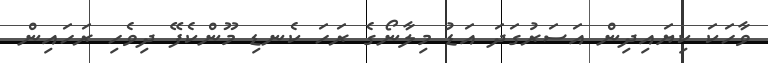
ވާހަކަ ކިޔައިދިން އަސަރުގަދަ އަޑު މިލާނޯގެ ރަހަ ކެނޑި މޫންކެފޭ ދިވެހި ރަހައިން